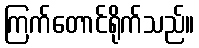
ကြက်တောင်ရိုက်သည်။